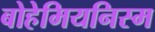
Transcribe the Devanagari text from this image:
बोहेमियनिस्म